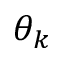
\theta _ { k }